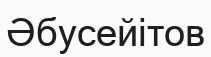
Әбусейітов